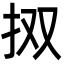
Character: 㧐